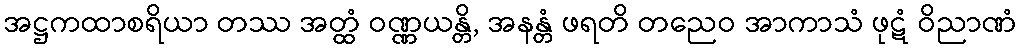
အဋ္ဌကထာစရိယာ တဿ အတ္ထံ ဝဏ္ဏယန္တိ, အနန္တံ ဖရတိ တညေဝ အာကာသံ ဖုဋံ ဝိညာဏံ